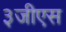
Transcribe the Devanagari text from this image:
३जीएस